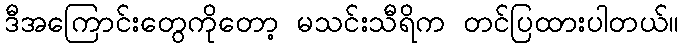
ဒီအကြောင်းတွေကိုတော့ မသင်းသီရိက တင်ပြထားပါတယ်။